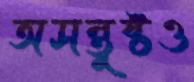
অসন্তুষ্টও